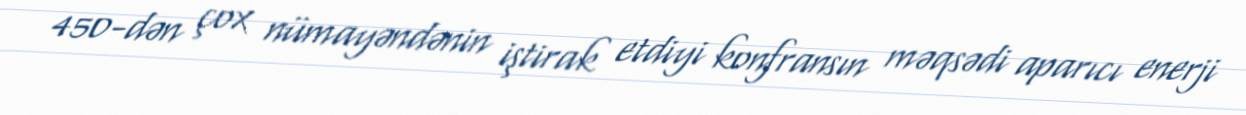
450-dən çox nümayəndənin iştirak etdiyi konfransın məqsədi aparıcı enerji